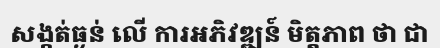
សង្កត់ធ្ងន់ លើ ការអភិវឌ្ឍន៍ មិត្តភាព ថា ជា